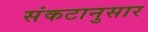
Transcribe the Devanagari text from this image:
संकटानुसार